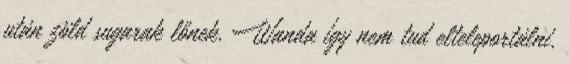
után zöld sugarak lőnek. Wanda így nem tud elteleportálni.